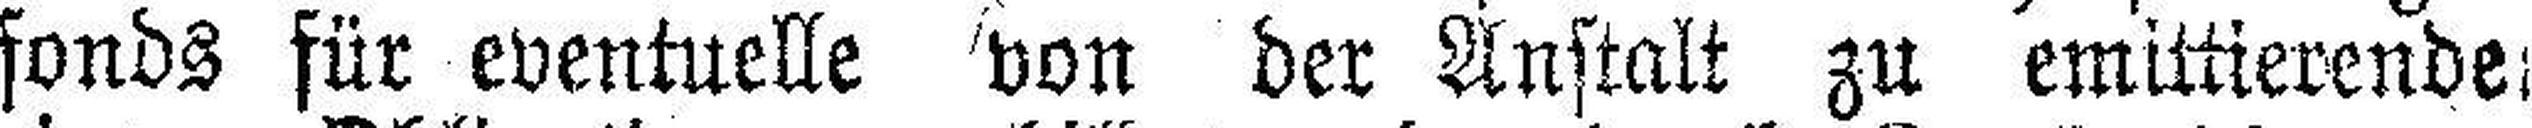
fonds für eventuelle von der Anstalt zu emittierende